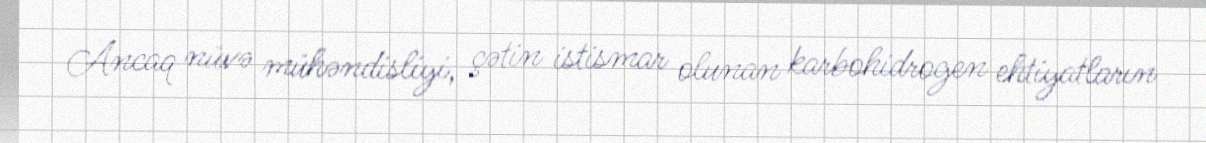
Ancaq nüvə mühəndisliyi, çətin istismar olunan karbohidrogen ehtiyatların